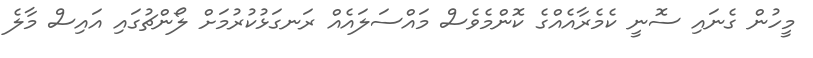
މީހުން ގެނައި ސޮނީ ކެމެރާއެއްގެ ކޮންމެވެސް މައްސަލައެއް ރަނގަޅުކުރުމަށް ލޯންޗުގައި އައިސް މާލެ